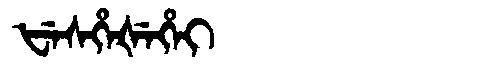
Manchu: ᡶᡝᠰᡥᡝᡧᡝᡥᡝᡳ
Romanization: FESHEŠEHEI